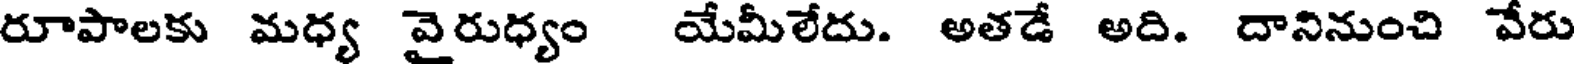
రూపాలకు మధ్య వైరుధ్యం యేమీలేదు. అతడే అది. దానినుంచి వేరు